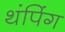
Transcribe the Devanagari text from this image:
थंपिंग